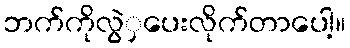
ဘက်ကိုလွဲှပေးလိုက်တာပေါ့။